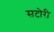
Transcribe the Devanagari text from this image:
सटोरी